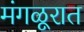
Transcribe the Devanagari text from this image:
मंगळूरात